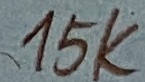
Text: 15K